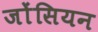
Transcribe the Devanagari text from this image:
जोंसियन